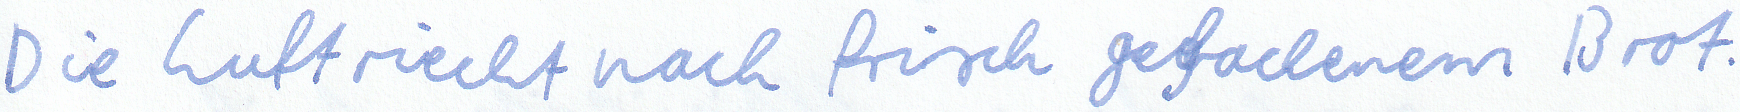
Die Luft riecht nach frisch gebackenem Brot.